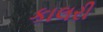
કાલરી